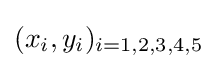
(x_{i},y_{i})_{i=1,2,3,4,5}